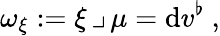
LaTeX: \omega_{\xi}:=\xi\, \lrcorner\, \mu=\mathrm{d}v^{\flat}\ ,